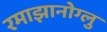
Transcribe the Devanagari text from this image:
रमाझानोग्लु